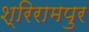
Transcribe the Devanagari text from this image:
श्रिरामपुर